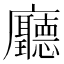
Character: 廳